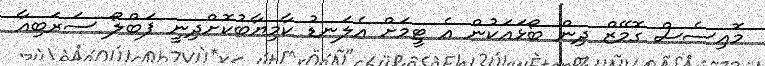
މޮއިސެސް ގޮމޭޒް ދިން ބޯޅައަކުން އެ ޓީމަށް އެލަނޑު ކާމިޔާބުކޮށްދިނީ ޕަބްލޯ ސަރަބިއާ